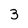
Character: 3